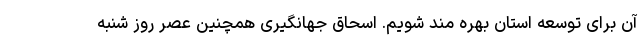
آن برای توسعه استان بهره مند شویم. اسحاق جهانگیری همچنین عصر روز شنبه